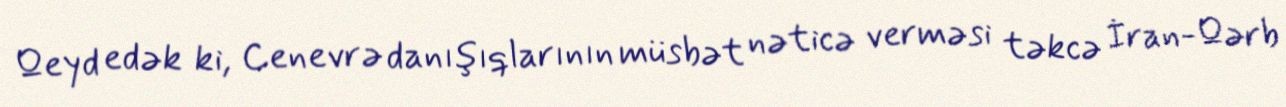
Qeyd edək ki, Cenevrə danışıqlarının müsbət nəticə verməsi təkcə İran-Qərb